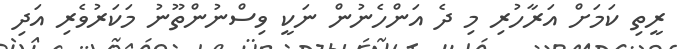
ރީތި ކަމަށް އަރާހުރި މި ދެ އަންހެނުން ނަކީ ވިސްނުންތޫނު މަކަރުވެރި އަދި